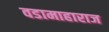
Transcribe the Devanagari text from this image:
वडामाहाराज